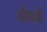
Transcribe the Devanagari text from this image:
ऑकड़ों